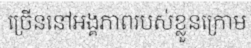
ច្រើននៅអង្គភាពរបស់ខ្លួនក្រោម